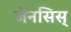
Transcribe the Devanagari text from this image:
जेनसिस्